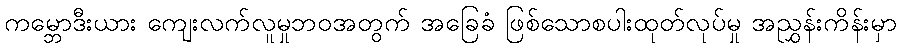
ကမ္ဘောဒီးယား ကျေးလက်လူမှုဘဝအတွက် အခြေခံ ဖြစ်သောစပါးထုတ်လုပ်မှု အညွှန်းကိန်းမှာ